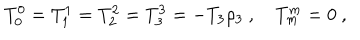
T _ { 0 } ^ { 0 } = T _ { 1 } ^ { 1 } = T _ { 2 } ^ { 2 } = T _ { 3 } ^ { 3 } = - T _ { 3 } \rho _ { 3 } \ , \quad T _ { m } ^ { m } = 0 \ ,